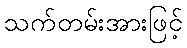
သက်တမ်းအားဖြင့်